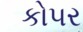
કો૫ર